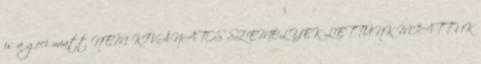
is a geci miatt NEM KIVÁNATOS SZEMÉLYEK LETTÜNK MIATTUK